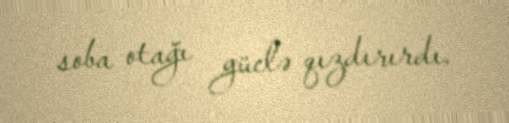
soba otağı güclə qızdırırdı.